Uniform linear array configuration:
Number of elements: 16
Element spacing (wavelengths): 0.25
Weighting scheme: blackman
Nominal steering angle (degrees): -30
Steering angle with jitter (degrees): -30.748
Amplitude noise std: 0.05
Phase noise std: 0.05

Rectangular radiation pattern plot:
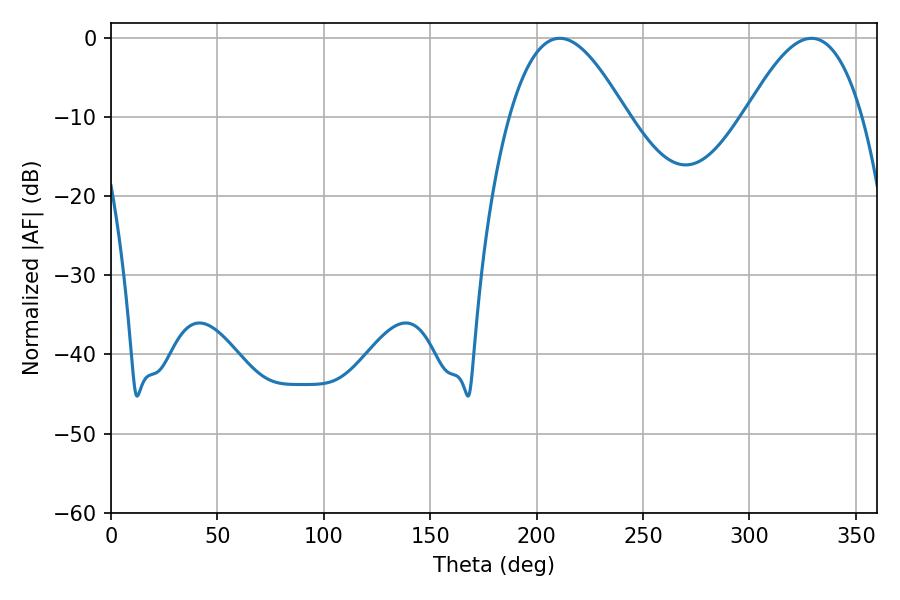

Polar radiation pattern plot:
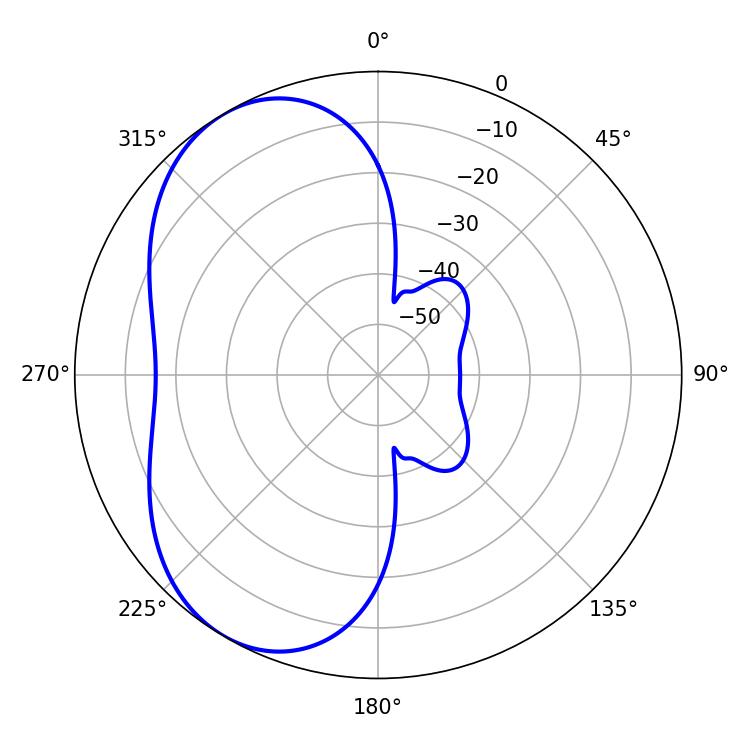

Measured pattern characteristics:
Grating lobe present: FALSE
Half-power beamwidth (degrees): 29.88
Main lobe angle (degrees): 210.78